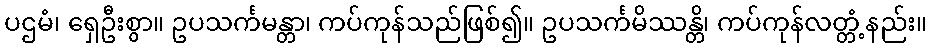
ပဌမံ၊ ရှေဦးစွာ။ ဥပသင်္ကမန္တာ၊ ကပ်ကုန်သည်ဖြစ်၍။ ဥပသင်္ကမိဿန္တိ၊ ကပ်ကုန်လတ္တံ့နည်း။